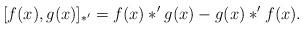
LaTeX: \begin{align*}[f(x),g(x)]_{\ast'} = f(x)*'g(x) - g(x)*'f(x).\end{align*}